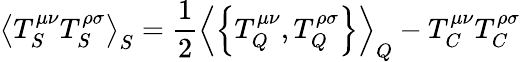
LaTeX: \left\langle T_{S}^{\mu\nu}T_{S}^{\rho\sigma}\right\rangle_{S}=\frac{1}{2}\left\langle\left\{ T_{Q}^{\mu\nu},T_{Q}^{\rho\sigma}\right\} \right\rangle_{Q}-T_{C}^{\mu\nu}T_{C}^{\rho\sigma}